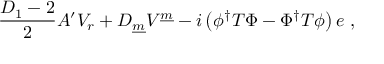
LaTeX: \frac { D _ { 1 } - 2 } { 2 } A ^ { \prime } V _ { r } + D _ { \underline { { m } } } V ^ { \underline { { m } } } - i \left( \phi ^ { \dagger } T \Phi - \Phi ^ { \dagger } T \phi \right) e ~ ,